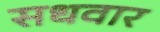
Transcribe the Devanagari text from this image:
सधवार